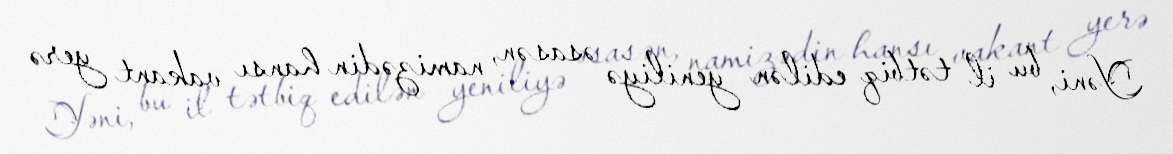
Yəni, bu il tətbiq edilən yeniliyə əsasən, namizədin hansı vakant yerə